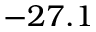
- 2 7 . 1